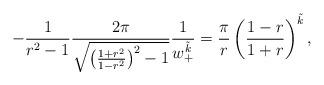
LaTeX: \begin{align*} -\frac{1}{r^2-1}\frac{2\pi}{\sqrt{\left(\frac{1+r^2}{1-r^{2}}\right)^{2}-1}} \frac{1}{w_{+}^{\tilde{k}}} = \frac{\pi}{r}\left(\frac{1-r}{1+r}\right)^{\tilde{k}},\end{align*}